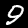
Label: 9